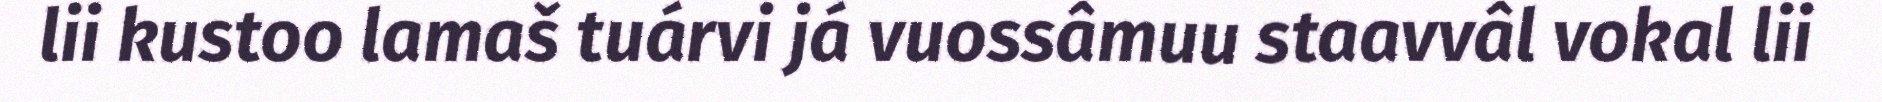
lii kustoo lamaš tuárvi já vuossâmuu staavvâl vokal lii